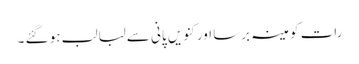
رات کو مینہ برسا اور کنویں پانی سے لبالب ہو گئے ۔